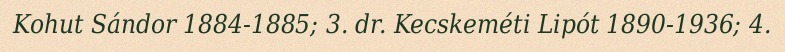
Kohut Sándor 1884-1885; 3. dr. Kecskeméti Lipót 1890-1936; 4.